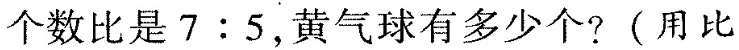
个数比是7:5，黄气球有多少个?(用比